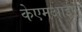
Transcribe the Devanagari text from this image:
केएमआईए